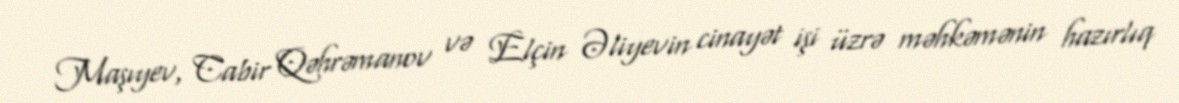
Maşıyev, Cabir Qəhrəmanov və Elçin Əliyevin cinayət işi üzrə məhkəmənin hazırlıq